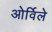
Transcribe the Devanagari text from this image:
ओर्विले